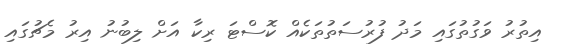
އިތުރު ވަގުތުގައި މަދު ފުރުސަތުތަކެއް ކޮސްޓަ ރިކާ އަށް ލިބުނު އިރު މެޗުގައި